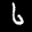
Label: 6